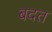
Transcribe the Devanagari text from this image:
बदत